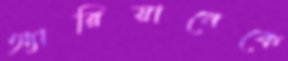
অ্যারিয়ানেকে